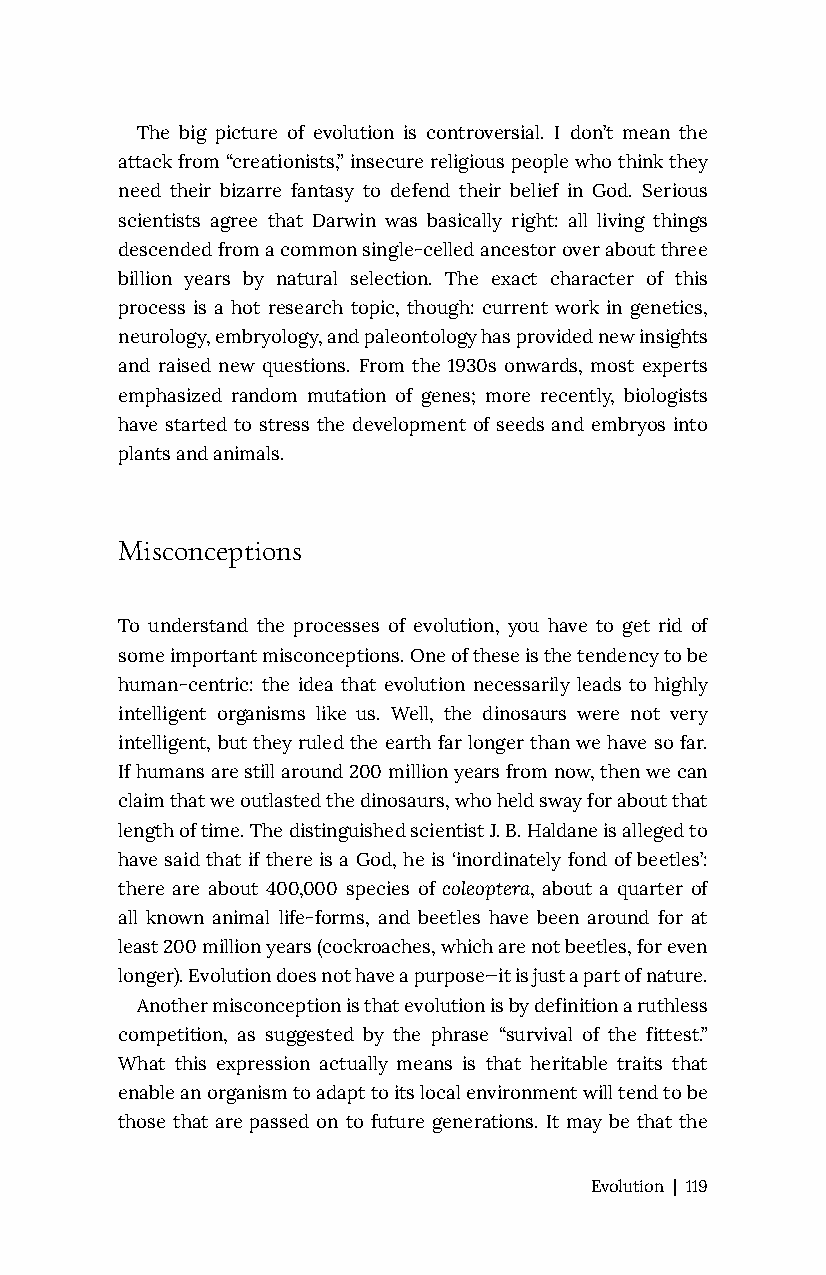
The big picture of evolution is controversial. I don’t mean the
 attack from “creationists,” insecure religious people who think they
 need their bizarre fantasy to defend their belief in God. Serious
 scientists agree that Darwin was basically right: all living things
 descended from a common single-celled ancestor over about three
 billion years by natural selection. The exact character of this
 process is a hot research topic, though: current work in genetics,
 neurology, embryology, and paleontology has provided new insights
 and raised new questions. From the 1930s onwards, most experts
 emphasized random mutation of genes; more recently, biologists
 have started to stress the development of seeds and embryos into
 plants and animals.
 Misconceptions
 To understand the processes of evolution, you have to get rid of
 some important misconceptions. One of these is the tendency to be
 human-centric: the idea that evolution necessarily leads to highly
 intelligent organisms like us. Well, the dinosaurs were not very
 intelligent, but they ruled the earth far longer than we have so far.
 If humans are still around 200 million years from now, then we can
 claim that we outlasted the dinosaurs, who held sway for about that
 length of time. The distinguished scientist J. B. Haldane is alleged to
 have said that if there is a God, he is ‘inordinately fond of beetles’:
 there are about 400,000 species of coleoptera, about a quarter of
 all known animal life-forms, and beetles have been around for at
 least 200 million years (cockroaches, which are not beetles, for even
 longer). Evolution does not have a purpose—it is just a part of nature.
 Another misconception is that evolution is by definition a ruthless
 competition, as suggested by the phrase “survival of the fittest.”
 What this expression actually means is that heritable traits that
 enable an organism to adapt to its local environment will tend to be
 those that are passed on to future generations. It may be that the
 Evolution | 119